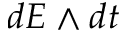
d E \wedge d t